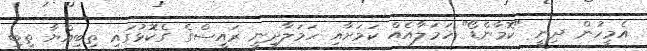
އެމީހުން ދިނީ "ކޮމާންޑޯ" ހަމަލާއެއް ކަމަށާއި ހަމަލާދިނީ ރައީސްގެ ގެކޮޅުގައި ތިބިއްޔާ ތިބި